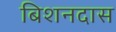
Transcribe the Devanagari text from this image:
बिशनदास